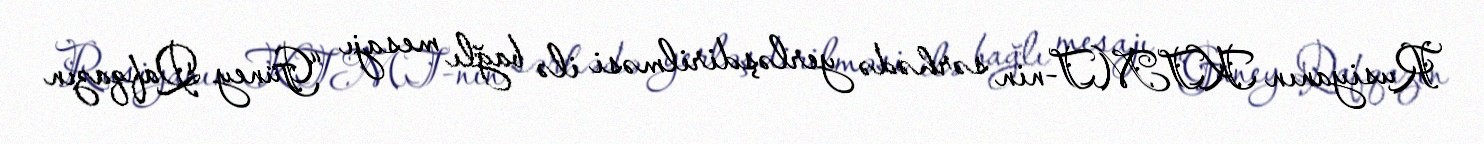
Rusiyanın KTMT-nin sərhədə yerləşdirilməsi ilə bağlı mesajı “Güney Qafqazın